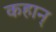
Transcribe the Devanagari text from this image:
कहान्